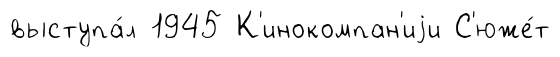
выступа́л 1945 К'инокомпан'иjи С'юже́т